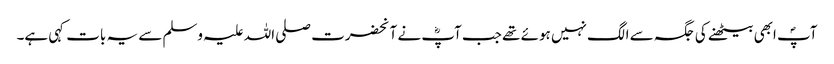
آپؐ ابھی بیٹھنے کی جگہ سے الگ نہیں ہوئے تھے جب آپؓ نے آنحضرت صلی اللہ علیہ وسلم سے یہ بات کہی ہے۔